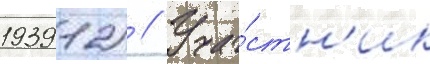
1939 12) // Уча́стн'ик